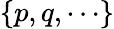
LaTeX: \{ p,q,\cdots\}